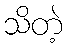
သိတဲ့